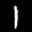
Label: 1